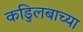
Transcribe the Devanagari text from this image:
कडुिलबाच्या